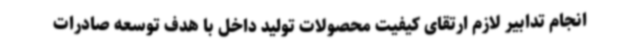
انجام تدابیر لازم ارتقای کیفیت محصولات تولید داخل با هدف توسعه صادرات